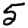
Digit: 5